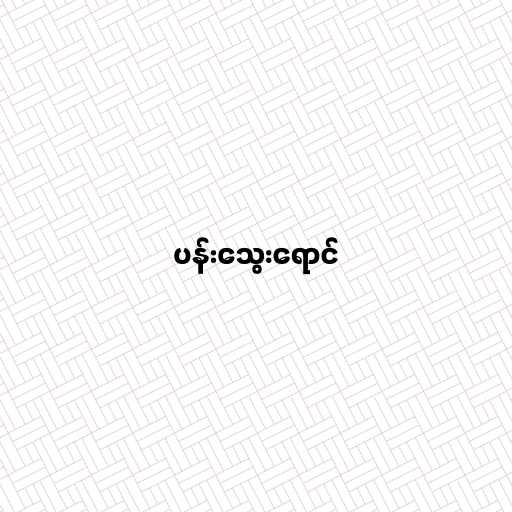
ပန်းသွေးရောင်